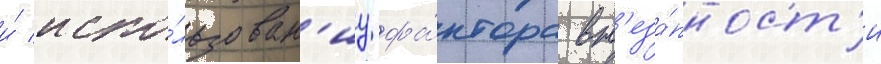
и́ испо́льзован'иу фа́ктора вн'еза́пност'и